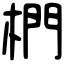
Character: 椚